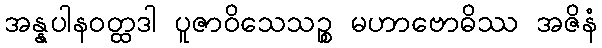
အန္နပါနဝတ္ထဒါ ပူဇာဝိသေသဉ္စ မဟာဗောဓိဿ အဇိနံ